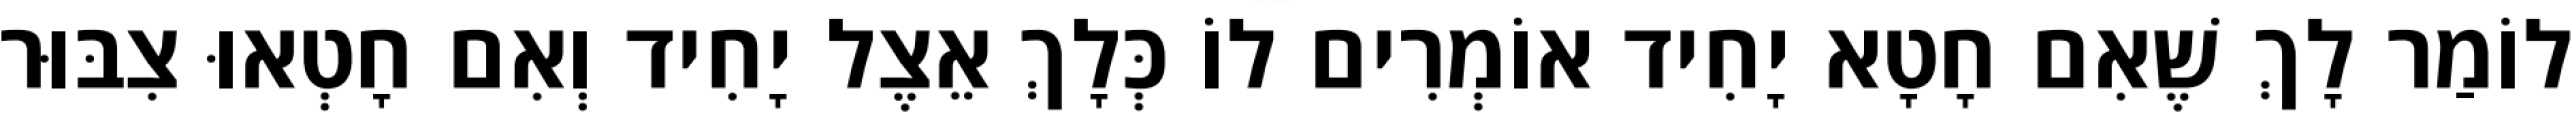
לוֹמַר לָךְ שֶׁאִם חָטָא יָחִיד אוֹמְרִים לוֹ כְּלָךְ אֵצֶל יָחִיד וְאִם חָטְאוּ צִבּוּר